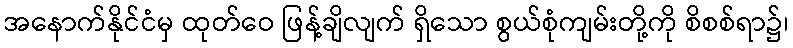
အနောက်နိုင်ငံမှ ထုတ်ဝေ ဖြန့်ချိလျက် ရှိသော စွယ်စုံကျမ်းတို့ကို စိစစ်ရာ၌၊